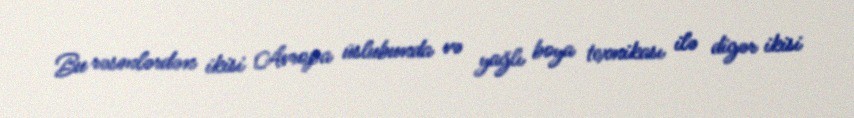
Bu rəsmlərdən ikisi Avropa üslubunda və yağlı boya texnikası ilə digər ikisi